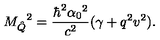
{ M _ { \hat { Q } } } ^ { 2 } = \frac { \hbar ^ { 2 } { \alpha _ { 0 } } ^ { 2 } } { c ^ { 2 } } ( \gamma + q ^ { 2 } v ^ { 2 } ) .